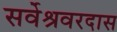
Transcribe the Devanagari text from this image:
सर्वेश्रवरदास